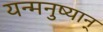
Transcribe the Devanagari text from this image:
यन्मनुष्यान्